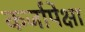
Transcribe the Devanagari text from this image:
कर्जापेक्षा